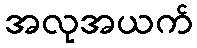
အလုအယက်